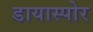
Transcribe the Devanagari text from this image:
डायास्पोर